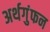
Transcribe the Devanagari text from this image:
अर्थगुंफन